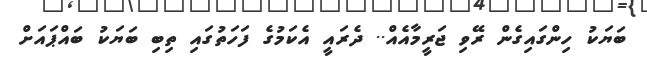
ބަޔަކު ހިންގައިގެން ރޭވި ޖަރީމާއެއް.. ދެރައީ އެކަމުގެ ފަހަތުގައި ތިބި ބަޔަކު ބައްޕައަށް